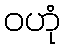
ဝဟုံ